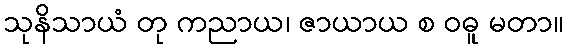
သုနိသာယံ တု ကညာယ၊ ဇာယာယ စ ဝဓူ မတာ။